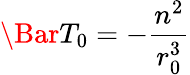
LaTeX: \Bar{T}_{0}=-\frac{n^{2}}{r_{0}^{3}}